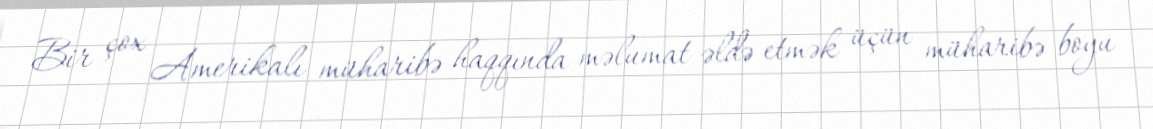
Bir çox Amerikalı müharibə haqqında məlumat əldə etmək üçün müharibə boyu